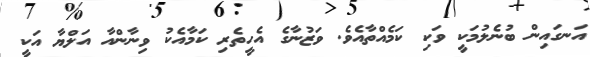
އަނގައިން ބުނެލުމަކީ ވަކި ކަމެއްތާއެވެ. ވަޒުނާގެ އެހީތެރި ކަމާއެކު ވިނާންއާ އަލްޔާ އަކީ